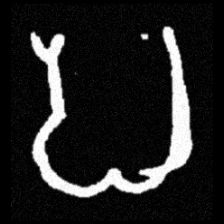
Pyu character \u2014 Myanmar letter: ပ (romanized: pa)